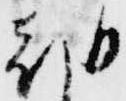
朝